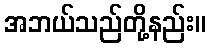
အဘယ်သည်တို့နည်း။